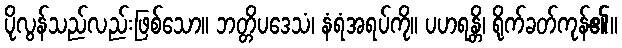
ပိုလွန်သည်လည်းဖြစ်သော။ ဘတ္တိပဒေသံ၊ နံရံအရပ်ကို။ ပဟရန္တိ၊ ရိုက်ခတ်ကုန်၏။